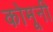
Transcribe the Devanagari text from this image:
कोमूनी